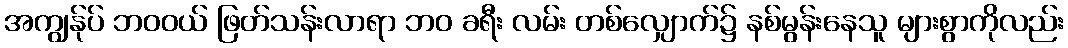
အကျွန်ုပ် ဘဝဝယ် ဖြတ်သန်းလာရာ ဘဝ ခရီး လမ်း တစ်လျှောက်၌ နစ်မွန်းနေသူ များစွာကိုလည်း